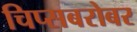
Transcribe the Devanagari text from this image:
चिप्सबरोबर